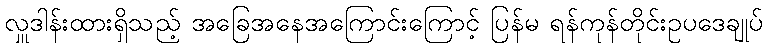
လှူဒါန်းထားရှိသည့် အခြေအနေအကြောင်းကြောင့် ပြန်မ ရန်ကုန်တိုင်းဥပဒေချုပ်